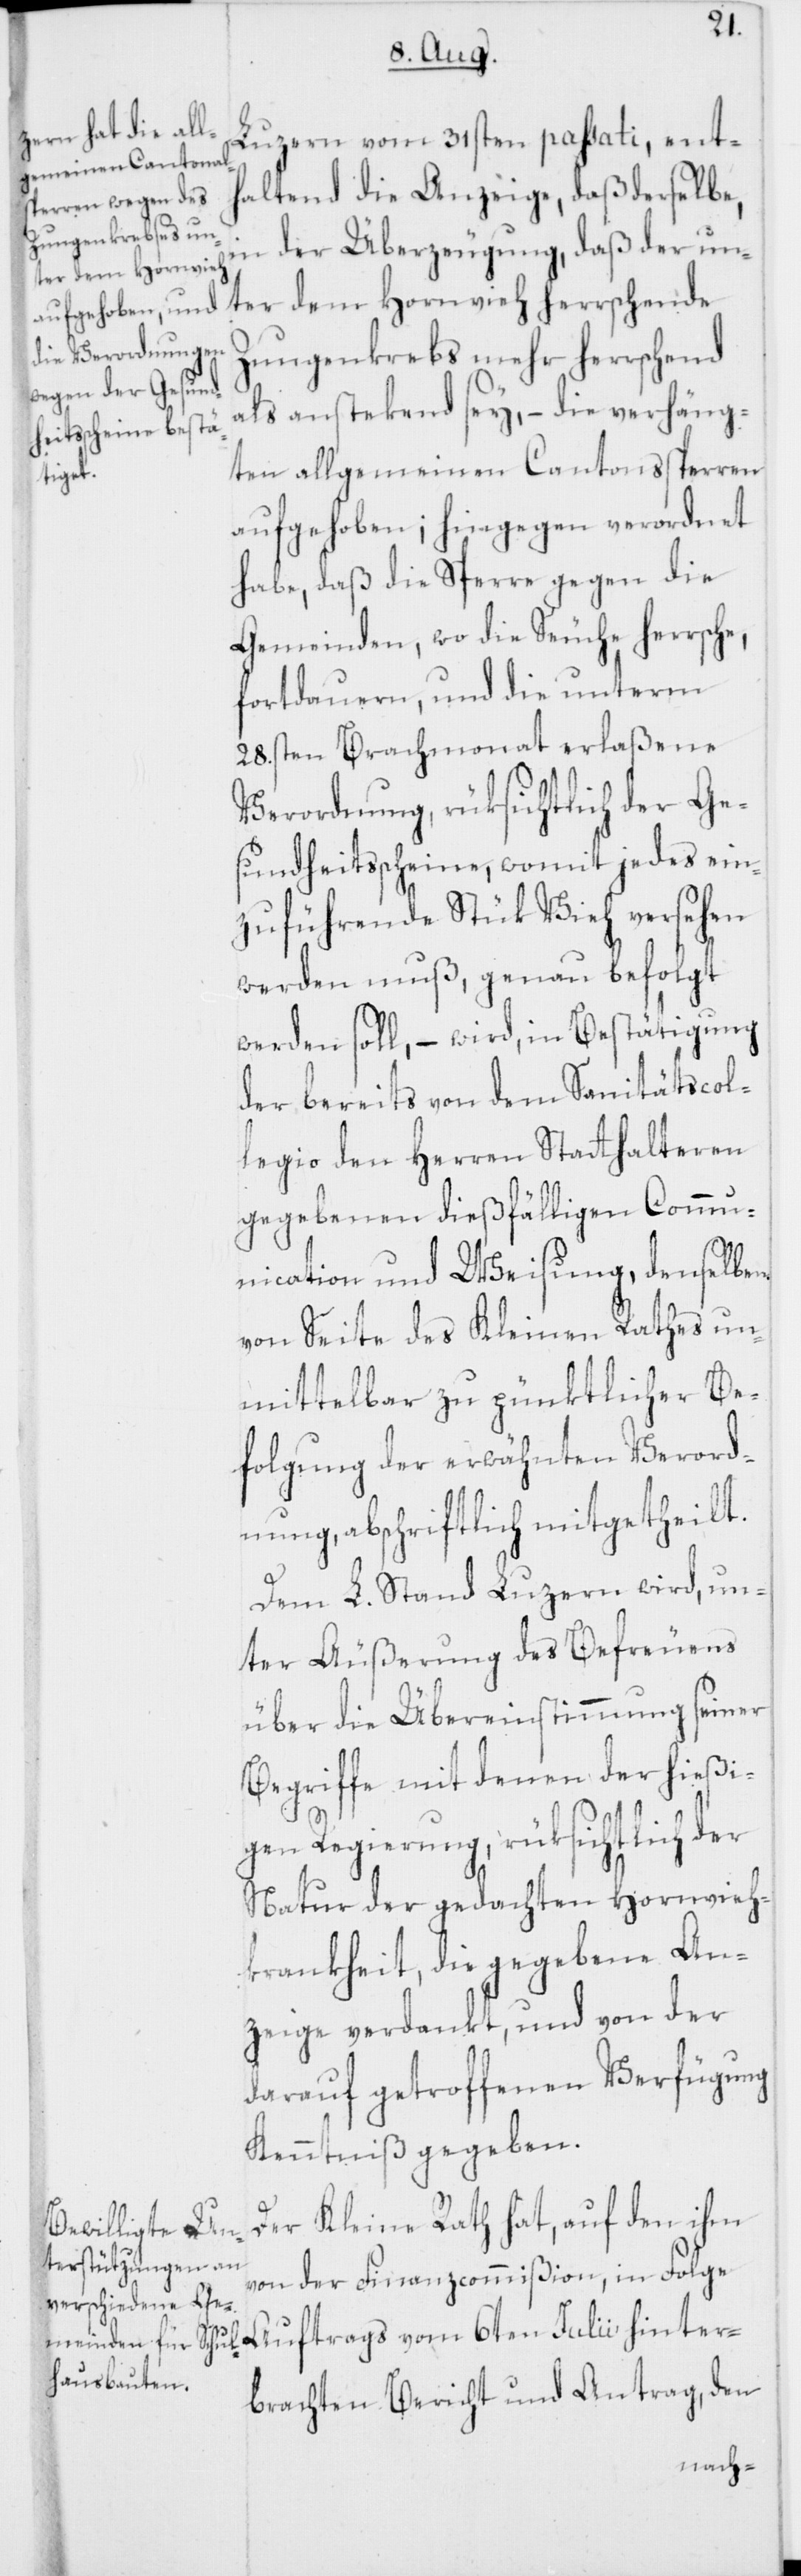
hinter¬

Luzern vom 31sten passati, ent¬
haltend die Anzeige, daß derselbe,
in der Überzeugung, daß der un¬
ter dem Hornvieh herrschende
Zungenkrebs mehr herrschend
als anstekend sey, – die verhäng¬
ten allgemeinen Cantonssperren
aufgehoben; hingegen verordnet
habe, daß die Sperre gegen die
Gemeinden, wo die Seuche herrsche,
fortdauern, und die unterm
28.sten Brachmonat erlaßene
Verordnung, rüksichtlich der Ge¬
sundheitsscheine, womit jedes ein¬
zuführende Stük Vieh versehen
werden muß, genau befolgt
werden soll, – wird, in Bestätigung
der bereits von dem Sanitätscol¬
legio den Herren Statthalteren
gegebenen dießfälligen Commu¬
nication und Weisung, denselben
von Seite des Kleinen Rathes un¬
mittelbar zu pünktlicher Be¬
folgung der erwähnten Verord¬
nung, abschriftlich mitgetheilt.
Dem L. Stand Luzern wird, un¬
ter Äußerung des Befreuens
über die Übereinstimmung seiner
Begriffe mit denen der hießi¬
gen Regierung, rüksichtlich der
Natur der gedachten Hornvieh¬
krankheit, die gegebene An¬
zeige verdankt, und von der
darauf getroffenen Verfügung
Kenntniß gegeben.
Der Kleine Rath hat, auf den ihm
von der Finanzcommißion, in Folge
brachten Bericht und Antrag, den